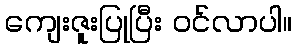
ကျေးဇူးပြုပြီး ဝင်လာပါ။